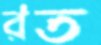
রত